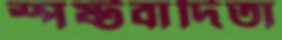
স্পষ্টবাদিতা